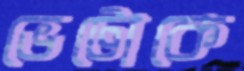
ভেটোকে